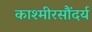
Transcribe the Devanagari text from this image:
काश्मीरसौंदर्य